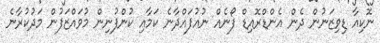
ނޮކިއާ ޑިވިޒަނުން ދެން އެންޑްރޮއިޑް ފޯނެއް ނުއުފައްދާނެ ކަމާއި ކުންފުނިން މުވައްޒަފުން މަދުކުރާނެ